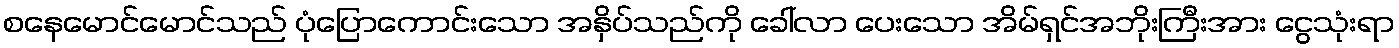
စနေမောင်မောင်သည် ပုံပြောကောင်းသော အနှိပ်သည်ကို ခေါ်လာ ပေးသော အိမ်ရှင်အဘိုးကြီးအား ငွေသုံးရာ